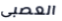
العصبى